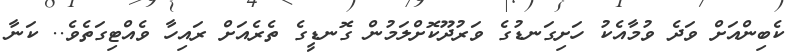
ކެބިންއަށް ވަދެ ވުމާއެކު ހަށިގަނޑުގެ ވަރުދޫކޮށްލަމުން ގޮނޑީގެ ތެރެއަށް ރައިހާ ވެއްޓިގަތެވެ.. ކަނާ